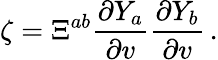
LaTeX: \zeta=\Xi^{ab}\frac{\partial Y_{a}}{\partial v}\frac{\partial Y_{b}}{\partial v}\, .